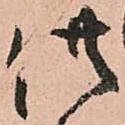
供